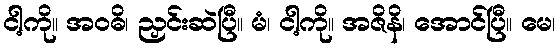
ငါ့ကို။ အဝဓိ၊ ညှင်းဆဲပြီ။ မံ၊ ငါ့ကို။ အဇိနိ၊ အောင်ပြီ။ မေ၊